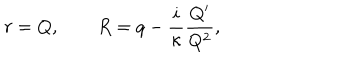
r = Q , \qquad R = q - \frac { i } { \kappa } \frac { Q ^ { \prime } } { Q ^ { 2 } } ,